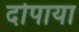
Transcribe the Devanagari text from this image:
दोपाया